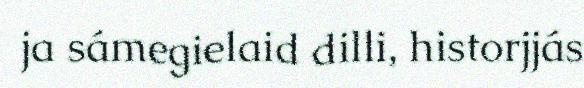
ja sámegielaid dilli, historjjás